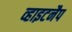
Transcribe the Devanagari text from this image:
व्हाइटनैप